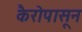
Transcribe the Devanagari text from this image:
कैरोपासून